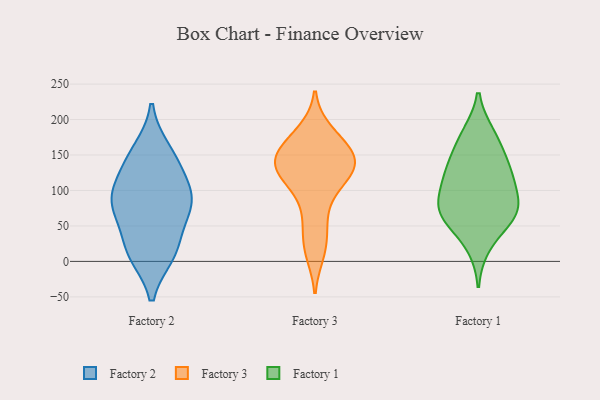
{"axis": {"x": "Revenue (USD Million)", "y": "Value"}, "legend": ["Factory 1", "Factory 2", "Factory 3"], "data": [{"x": "", "y": 92, "type": "Factory 2"}, {"x": "", "y": 11, "type": "Factory 2"}, {"x": "", "y": 18, "type": "Factory 2"}, {"x": "", "y": 126, "type": "Factory 2"}, {"x": "", "y": 144, "type": "Factory 2"}, {"x": "", "y": 73, "type": "Factory 2"}, {"x": "", "y": 15, "type": "Factory 2"}, {"x": "", "y": 84, "type": "Factory 2"}, {"x": "", "y": 156, "type": "Factory 2"}, {"x": "", "y": 70, "type": "Factory 2"}, {"x": "", "y": 94, "type": "Factory 2"}, {"x": "", "y": 139, "type": "Factory 3"}, {"x": "", "y": 147, "type": "Factory 3"}, {"x": "", "y": 11, "type": "Factory 3"}, {"x": "", "y": 39, "type": "Factory 3"}, {"x": "", "y": 141, "type": "Factory 3"}, {"x": "", "y": 111, "type": "Factory 3"}, {"x": "", "y": 74, "type": "Factory 3"}, {"x": "", "y": 184, "type": "Factory 3"}, {"x": "", "y": 154, "type": "Factory 3"}, {"x": "", "y": 118, "type": "Factory 3"}, {"x": "", "y": 169, "type": "Factory 3"}, {"x": "", "y": 126, "type": "Factory 3"}, {"x": "", "y": 67, "type": "Factory 1"}, {"x": "", "y": 22, "type": "Factory 1"}, {"x": "", "y": 130, "type": "Factory 1"}, {"x": "", "y": 124, "type": "Factory 1"}, {"x": "", "y": 149, "type": "Factory 1"}, {"x": "", "y": 179, "type": "Factory 1"}, {"x": "", "y": 176, "type": "Factory 1"}, {"x": "", "y": 71, "type": "Factory 1"}, {"x": "", "y": 74, "type": "Factory 1"}, {"x": "", "y": 103, "type": "Factory 1"}, {"x": "", "y": 91, "type": "Factory 1"}, {"x": "", "y": 61, "type": "Factory 1"}, {"x": "", "y": 124, "type": "Factory 1"}, {"x": "", "y": 62, "type": "Factory 1"}]}